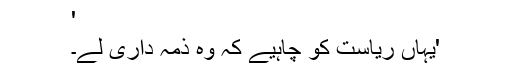
'
'یہاں ریاست کو چاہیے کہ وہ ذمہ داری لے۔